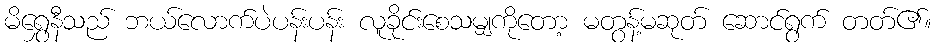
မိရွှေနီသည် ဘယ်လောက်ပဲပန်းပန်း လူခိုင်းစေသမျှကိုတော့ မတွန့်မဆုတ် ဆောင်ရွက် တတ်၏။